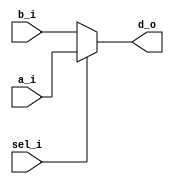
module mux2x1
(
	a_i,
	b_i,
	sel_i,
	d_o
);

input a_i;
input wire  b_i;
input wire sel_i;
output reg d_o;

always @(a_i or b_i or sel_i)
begin
	if(sel_i == 1)
		d_o <= a_i;
	else
		d_o <= b_i;
end

endmodule